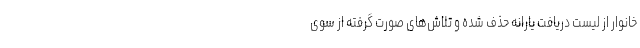
خانوار از لیست دریافت یارانه‌ حذف شده و تلاش‌های صورت گرفته از سوی